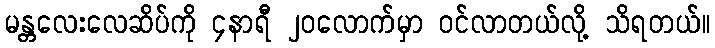
မန္တလေးလေဆိပ်ကို ၄နာရီ ၂၀လောက်မှာ ဝင်လာတယ်လို့ သိရတယ်။